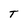
Character: T